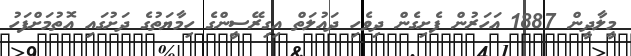
މީލާދީން 1887 އަހަރުން ފެށިގެން ދިވެހި ދައުލަތް އިގިރޭސީންގެ ހިމާޔަތުގެ ދަށުގައި އޮތުމަށްފަހު